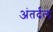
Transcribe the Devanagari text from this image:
अंतर्दल